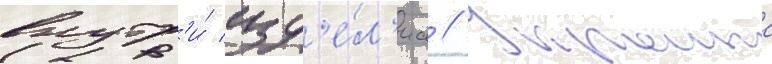
внутр'и́ изд'е́л'иа // Украина